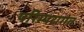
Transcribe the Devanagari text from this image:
परिम्परागत